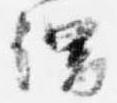
謂